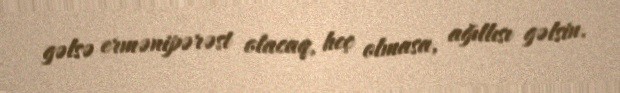
gəlsə ermənipərəst olacaq, heç olmasa, ağıllısı gəlsin.